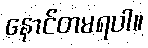
နောင်တမရပါ။